Leaving Certificate, 1888
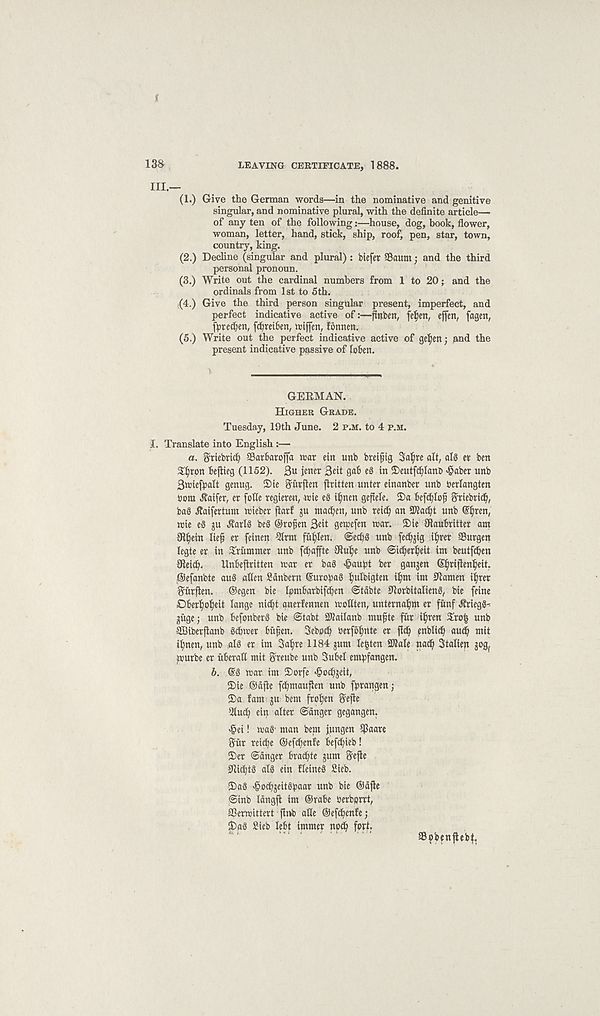
i
138
LEAVING CERTIFICATE, 1888.
III.—
(1.) Give the German words—in the nominative and genitive
singular, and nominative plural, with the definite article—
of any ten of the following:—house, dog, book, flower,
woman, letter, hand, stick, ship, roof, pen, star, town,
country, king.
(2.) Dechne (singular and plural) : biefer ©aunt; and the third
personal pronoun.
(3.) Write out the cardinal numbers from 1 to 20; and the
ordinals from 1st to 5th.
(4.) Give the third person singular present, imperfect, and
perfect indicative active of:—pttbm, fef)en, effen, fagen,
fptedjen, fcfyreiBen, tciffen, fonnen.
(5.) Write out the perfect indicative active of ge^en; and the
present indicative passive of loben.
GEEMAN.
HIGHER GRADE.
Tuesday, 19th June. 2 P.M. to 4 P.M.
I. Translate into English :—
a. $tiebti<$ SBarbaroffa war tin imb breifig Sa^re alt, alg er ben
$l)tott Beftieg (1152). 3u jener 3tit gaB eS in ©eutfdjlanb >§aber ttnb
3wie(balt genug. 2)ie Surften Written unter einanber unb berlangten
bora ^aifer, er folle regieren, wie eg itynen geftele. 3)a Befc^lof ^rtebricB,
bag Jtaifertum wieber ftarf ju mac^en, unb reic^ an SKacBt unb ©jren,
wie eg ju ^arlg beg ®rofen 3eit gewefen war. 2)ie IRauBritter am
91^ein lief er feinen ^Irm fit^len. ®eci)g unb fetfjig i^rer SBurgen
legte er in drummer unb fdjaffte 9lu^e unb ©icfer^eit im beutfdjen
SReicf.
UnBefritten war er bag «&aubt ber ganjen ©frijlen^eit.
©efanbte aug alien Sdnbern ®urobag ^ulbigten il)m im 0lamen i^rer
Sriirfien.
®egen bie lemBarbifdjen ©table Storbitalieng, bie feine
DBer^o^eit Tange nic^t anerlennen wollten, untema^m er fimf Jtriegg--
gitge; unb Befonberg bie ©tabt SWailanb mufte fur iljren Hro| unb
SBiberflanb gcBwer Bitfen. SebccB berfoljnte er fidf enblid) auc^ mit
il)nen, unb alg er im 3al)re 1184 jum lenten 3KaIe nacf) Stalien sogf
wurbe er uBerall mit ftreube unb SuBel em^fangen.
6. @g war im Sorfe <§o(Bseit,
£>ie @dfie fcBmauften unb fbrangen;
®a fam ju bem frozen Sefte
4 Iludf ein alter ©anger gegangen.
<§ei! wag' man bem jungen SPaare
^ur reicfe ©efcfenfe Beftfieb!
©er ©anger Bracfte jum Sefte
Slitftg alg ein fleineg Sieb.
©ag ^od^eitgbaar unb bie ®dfte
©inb Idngft im ©raBe berberrt,
ffierwittert }inb alle ©efcBenfe;
©ag Sieb leBt immer nod) fprl.
SB^benjtebt,